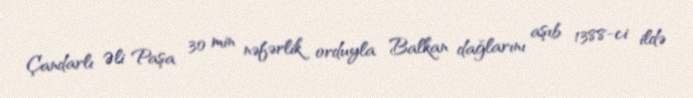
Çandarlı Əli Paşa 30 min nəfərlik orduyla Balkan dağlarını aşıb 1388-ci ildə